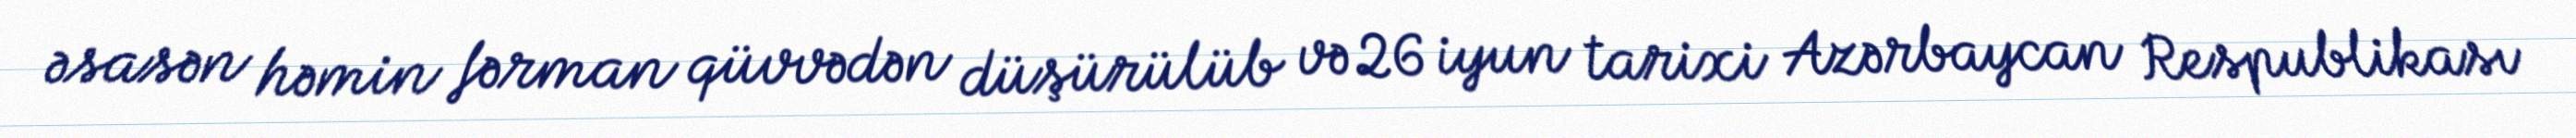
əsasən həmin fərman qüvvədən düşürülüb və 26 iyun tarixi Azərbaycan Respublikası